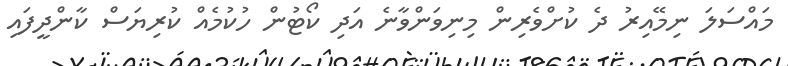
މައްސަލަ ނިމޭއިރު ދެ ކުށްވެރިން މިނިވަންވާނެ އަދި ކޯޓުން ހުކުމެއް ކުރިޔަސް ކާންދީފައި